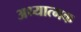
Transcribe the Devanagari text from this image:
अध्यात्मक